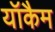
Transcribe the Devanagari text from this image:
यॉकैम